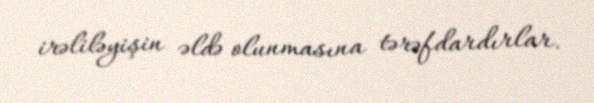
irəliləyişin əldə olunmasına tərəfdardırlar.